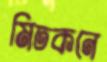
মিতকনে